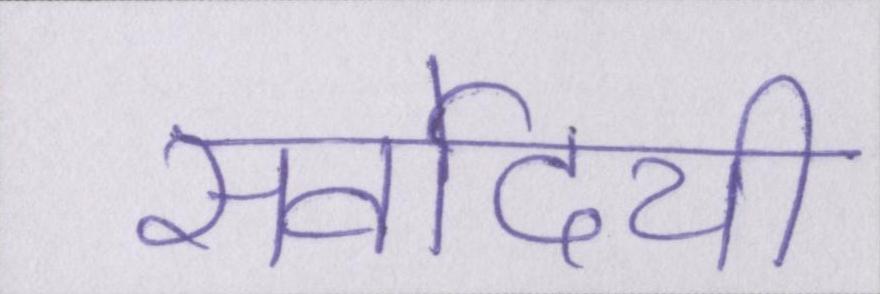
सर्वोदयी